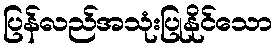
ပြန်လည်အသုံးပြုနိုင်သော